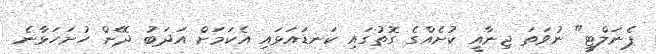
ޕެނަލްޓީ" ނުވަތަ ޖިނާއީ ކުށެއްގެ ގޮތުގައި ކަނޑައަޅައި އެކަމަށް އަދަބު ދޭން ހުށަހަޅާނެ